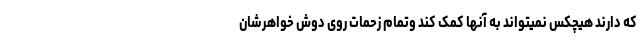
که دارند هیچکس نمیتواند به آنها کمک کند وتمام زحمات روی دوش خواهرشان